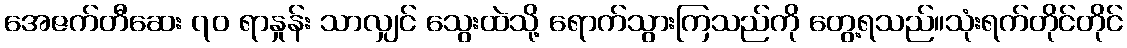
အေဇက်တီဆေး ၇၀ ရာနှုန်း သာလျှင် သွေးထဲသို့ ရောက်သွားကြသည်ကို တွေ့ရသည်။သုံးရက်တိုင်တိုင်